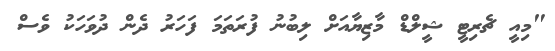
"މިއީ ޗެރިޓީ ޝީލްޑް މާޒިޔާއަށް ލިބުނު ފުރަތަމަ ފަހަރު ދެން ދުވަހަކު ވެސް